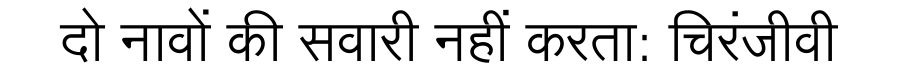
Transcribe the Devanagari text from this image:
दो नावों की सवारी नहीं करता: चिरंजीवी